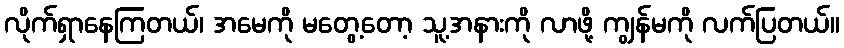
လိုက်ရှာနေကြတယ်၊ အမေကို မတွေ့တော့ သူ့အနားကို လာဖို့ ကျွန်မကို လက်ပြတယ်။